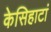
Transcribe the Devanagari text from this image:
केसिहाटां